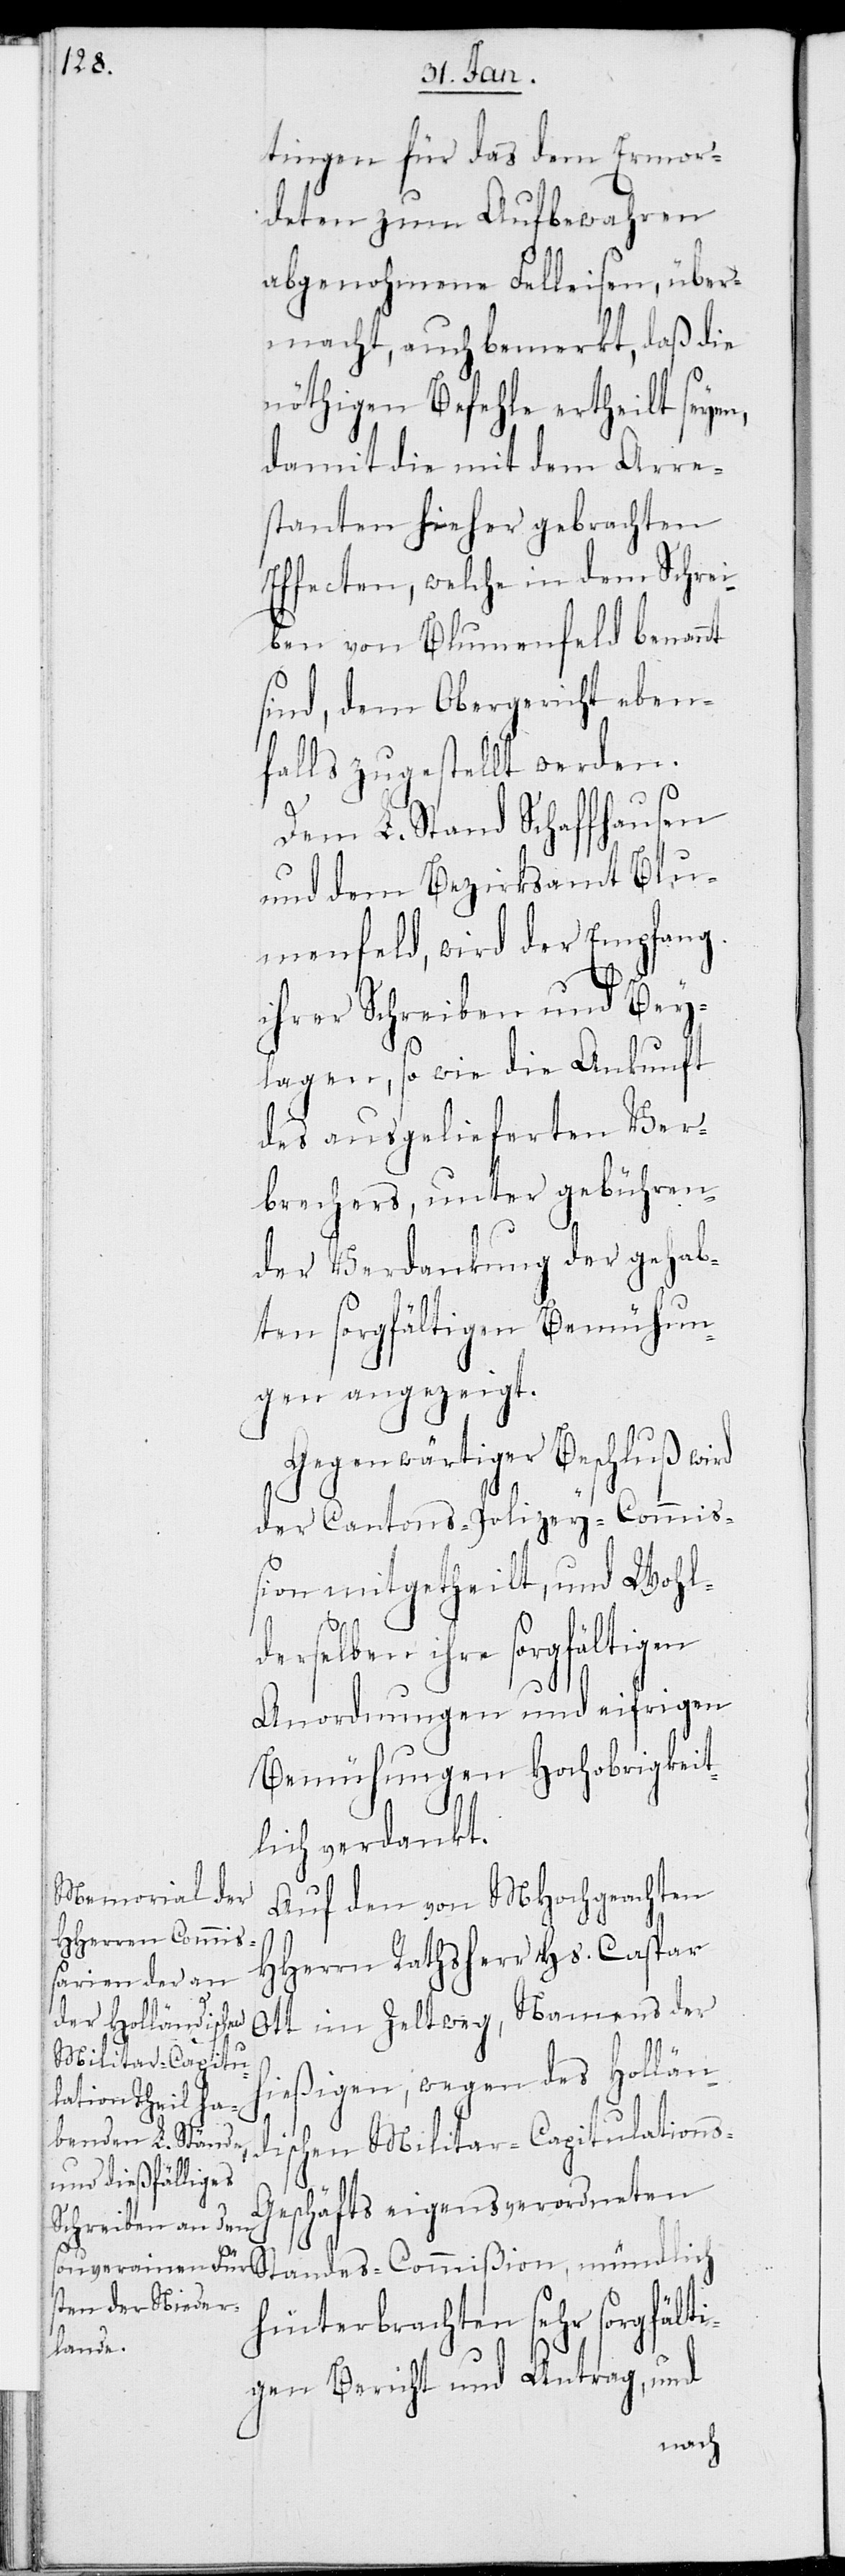
s-G¬

tingen für das dem Ermor¬
deten zum Aufbewahren
abgenohmene Felleisen, über¬
macht, auch bemerkt, daß die
nöthigen Befehle ertheilt seyen,
damit die mit dem Arre¬
stanten hieher gebrachten
Effecten, welche in dem Schrei¬
ben von Blumenfeld benannt
sind, dem Obergericht eben¬
falls zugestellt werden.
Dem L. Stand Schaffhausen
und dem Bezirksamt Blu¬
menfeld, wird der Empfang
ihrer Schreiben und Bey¬
lagen, so wie die Ankunft
des ausgelieferten Ver¬
brechers, unter gebühren¬
der Verdankung der gehab¬
ten sorgfältigen Bemühun¬
gen angezeigt.
Gegenwärtiger Beschluß wird
der Cantons-Polizey-Commi¬
ßion mitgetheilt, und Wohl¬
derselben ihre sorgfälti¬
Anordnungen und eifrigen
Bemühungen Hochobrigkeit¬
lich verdankt.
Auf den von MHochgeachten
HHerrn Rathsherr Hs. Caspar
Ott im Zeltweg, Namens der
hießigen, wegen des Hollän¬
gen
dischen Militar-Capitulation¬
eschäfts eigens verordneten
hinterbrachten sehr sorgfälti¬
gen Bericht und Antrag, und